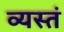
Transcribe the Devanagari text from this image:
व्यस्तं